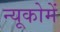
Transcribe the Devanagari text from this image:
न्यूकोमें